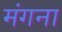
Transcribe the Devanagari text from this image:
मंगना